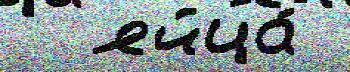
  яйца́